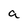
Character: a